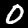
Digit: 0